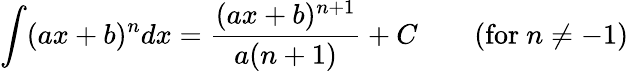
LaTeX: \int(ax+b)^{n}dx={\frac{(ax+b)^{n+1}}{a(n+1)}}+C\qquad{\mathrm{(for~}}n\neq-1{\mathrm{)}}\,